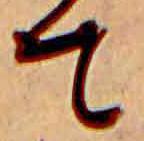
て